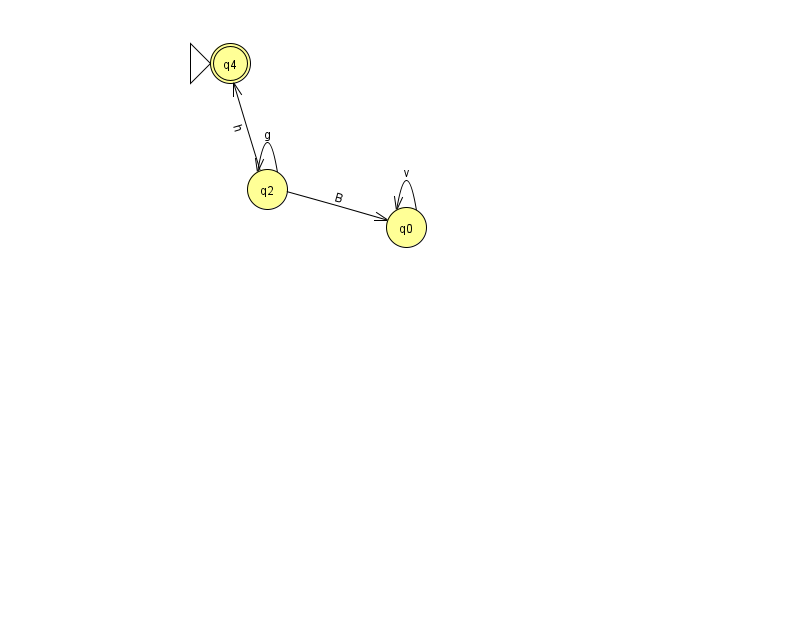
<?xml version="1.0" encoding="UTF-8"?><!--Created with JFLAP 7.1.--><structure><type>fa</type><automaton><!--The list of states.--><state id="0" name="q0"><x>406.0</x><y>214.0</y></state><state id="2" name="q2"><x>267.0</x><y>176.0</y></state><state id="4" name="q4"><x>230.0</x><y>50.0</y><initial/><final/></state><!--The list of transitions.--><transition><from>2</from><to>4</to><read>h</read></transition><transition><from>0</from><to>0</to><read>v</read></transition><transition><from>2</from><to>2</to><read>g</read></transition><transition><from>2</from><to>0</to><read>B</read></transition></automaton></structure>